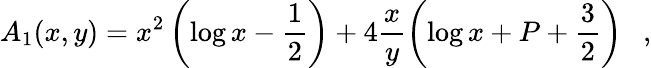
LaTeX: A_{1}(x,y)=x^{2}\left(\log x-\frac 12\right)+4\frac xy\left(\log x+P+\frac 32\right)~~~,